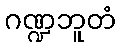
ဂဏ္ဍဘူတံ